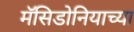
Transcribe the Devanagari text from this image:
मॅसिडोनियाच्या